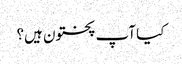
کیا آپ پختون ہیں؟